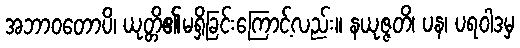
အဘာဝတောပိ၊ ယုတ္တိ၏မရှိခြင်းကြောင့်လည်း။ နယုဇ္ဇတိ၊ ပန၊ ပရဝါဒမှ